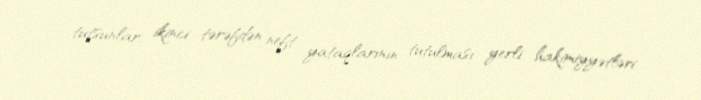
tutsunlar, ikinci tərəfdən neft yataqlarının tutulması yerli hakimiyyətləri